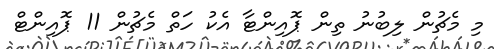
މި މެޗުން ލިބުނު ތިން ޕޮއިންޓާ އެކު ހަތް މެޗުން 11 ޕޮއިންޓް